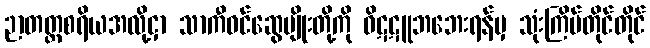
ဉာတတ္ထစရိယအလို့ငှာ သာကီဝင်ဆွေမျိုးတို့ကို ဝိဋဋူဘဘေးရန်မှ သုံးကြိမ်တိုင်တိုင်